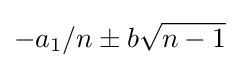
-a_{1}/n\pm b{\sqrt {n-1}}